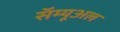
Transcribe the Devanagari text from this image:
सॅम्यूअल